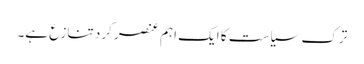
ترک سیاست کا ایک اہم عنصر کرد تنازع ہے۔